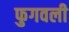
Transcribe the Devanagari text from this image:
फुगवली